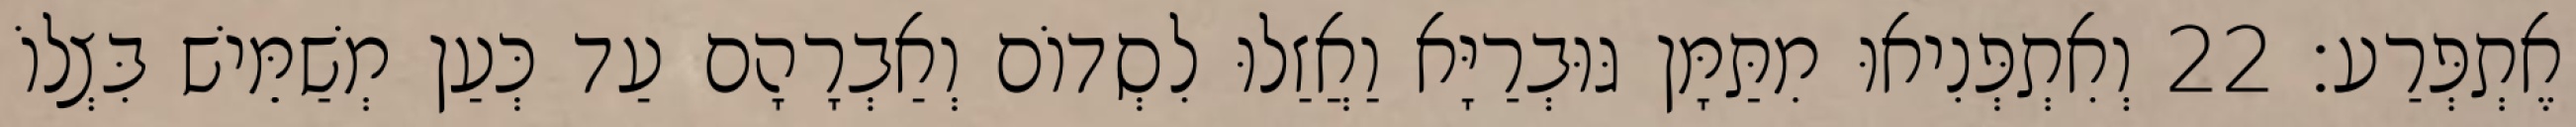
אֶתְפְּרַע׃ 22 וְאִתְפְּנִיאוּ מִתַּמָּן גּוּבְרַיָּא וַאֲזַלוּ לִסְדוֹם וְאַבְרָהָם עַד כְּעַן מְשַׁמֵּישׁ בִּצְלוֹ